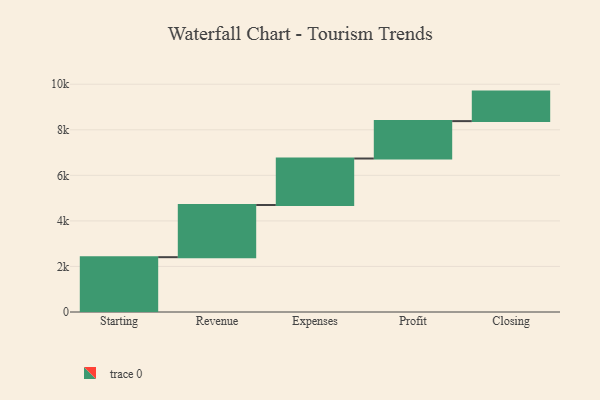
{"axis": {"x": "Step", "y": "Value"}, "legend": [""], "data": [{"x": "Starting", "y": 2407.0, "type": ""}, {"x": "Revenue", "y": 2291.0, "type": ""}, {"x": "Expenses", "y": 2041.0, "type": ""}, {"x": "Profit", "y": 1642.0, "type": ""}, {"x": "Closing", "y": 1296.0, "type": ""}]}